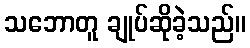
သဘောတူ ချုပ်ဆိုခဲ့သည်။